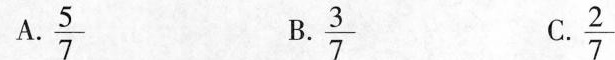
A. \frac{5}{7} B.\frac{3}{7} C.\frac{2}{7}